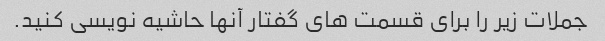
جملات زیر را برای قسمت های گفتار آنها حاشیه نویسی کنید.